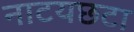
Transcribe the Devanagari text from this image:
नाटयछटा